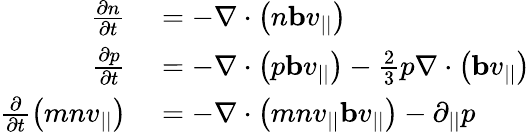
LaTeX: \begin{array}{rl}{\frac{\partial n}{\partial t}}&{{}=-\nabla\cdot\left(n\mathbf{b}v_{||}\right)}\\ {\frac{\partial p}{\partial t}}&{{}=-\nabla\cdot\left(p\mathbf{b}v_{||}\right)-\frac{2}{3}p\nabla\cdot\left(\mathbf{b}v_{||}\right)}\\ {\frac{\partial}{\partial t}\left(mnv_{||}\right)}&{{}=-\nabla\cdot\left(mnv_{||}\mathbf{b}v_{||}\right)-\partial_{||}p}\end{array}